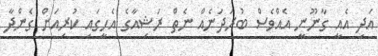
އަދި އެއީ ގާނޫނީ އެއްވެސް ބުރަދަނެއް ނެތް ރަޝިއާގެ އެހީގައި ކުރިއަށް ގެންދާ